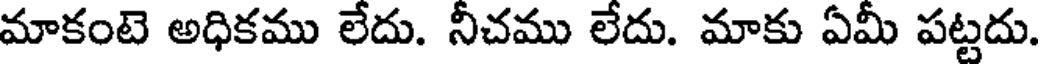
మాకంటె అధికము లేదు. నీచము లేదు. మాకు ఏమీ పట్టదు.